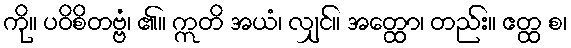
ကို။ ပဝိစိတဗ္ဗံ၊ ၏။ ဣတိ အယံ၊ လျှင်။ အတ္ထော၊ တည်း။ ဧတ္ထ စ၊